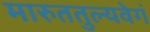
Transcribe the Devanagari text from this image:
मारुततुल्यवेगं